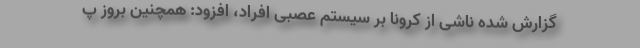
گزارش شده ناشی از کرونا بر سیستم عصبی افراد، افزود: همچنین بروز پ